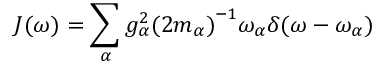
J ( \omega ) = \sum _ { \alpha } { g _ { \alpha } ^ { 2 } } { ( 2 m _ { \alpha } ) } ^ { - 1 } \omega _ { \alpha } \delta ( \omega - \omega _ { \alpha } )